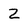
Character: 2